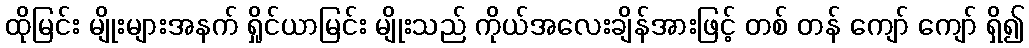
ထိုမြင်း မျိုးများအနက် ရှိုင်ယာမြင်း မျိုးသည် ကိုယ်အလေးချိန်အားဖြင့် တစ် တန် ကျော် ကျော် ရှိ၍